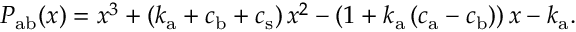
P _ { \mathrm { a b } } ( x ) = x ^ { 3 } + \left( k _ { \mathrm { a } } + c _ { \mathrm { b } } + c _ { \mathrm { s } } \right) x ^ { 2 } - \left( 1 + k _ { \mathrm { a } } \left( c _ { \mathrm { a } } - c _ { \mathrm { b } } \right) \right) x - k _ { \mathrm { a } } .